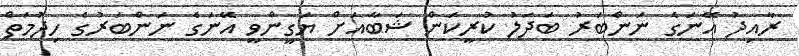
ރާއިދު އޭނަގެ ނަންބަރު ބަދަލު ކުރީކަން ޝަބާއަށް ޔަގީންވީ އޭނަގެ ނަންބަރުގެ ހިދުމަތް